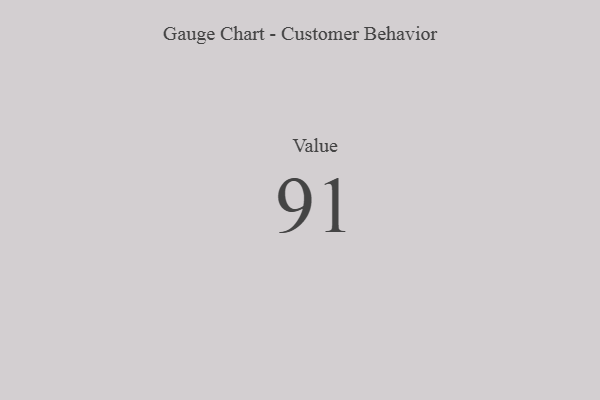
{"axis": {"x": "Metric", "y": "Value"}, "legend": [""], "data": [{"x": "Value", "y": 91, "type": ""}]}